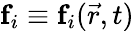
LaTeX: \mathbf{f}_{i}\equiv\mathbf{f}_{i}(\vec{r},t)